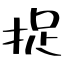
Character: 捉